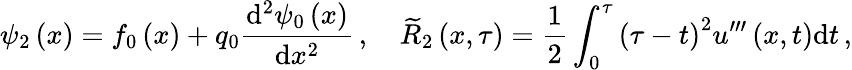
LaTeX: {\psi}_{2}\left(x\right)={f}_{0}\left(x\right)+{q}_{0}\frac{\mathrm{d}^{2}{\psi}_{0}\left(x\right)}{\mathrm{d}{x}^{2}}\, ,\quad{\widetilde R}_{2}\left(x,{\tau}\right)=\frac{1}{2}\int_{0}^{{\tau}}{{\left({\tau}-t\right)}^{2}{u}^{{\prime}{\prime}{\prime}}\left(x,t\right)}{\mathrm{d}t}\, ,